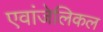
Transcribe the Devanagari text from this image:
एवांजेलिकल